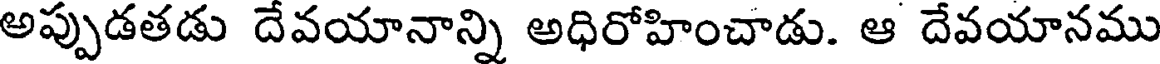
అప్పుడతడు దేవయానాన్ని అధిరోహించాడు. ఆ దేవయానము